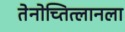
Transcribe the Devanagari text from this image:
तेनोच्तित्लानला